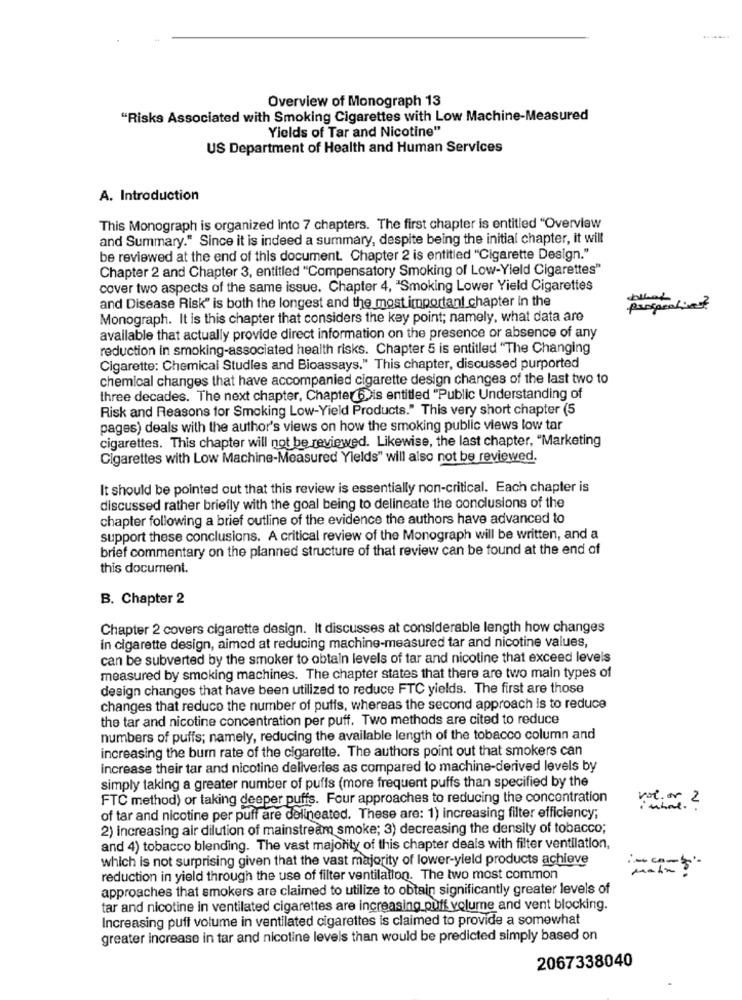
Overview of Monograph 13
"Risks Associated with Smoking Cigarettes with Low Machine-Measured
Yields of Tar and Nicotine"
US Department of Health and Human Services
A. Introduction
This Monograph is organized Into 7 chapters. The first chapter is entitled "Overview
and Summary." Since it is indeed a summary, despite being the initial chapter, it will
be reviewed at the end of this document. Chapter 2 is entitled "Cigarette Design."
Chapter 2 and Chapter 3, entitled "Compensatory Smoking of Low-Yield Cigarettes"
cover two aspects of the same issue. Chapter 4, "Smoking Lower Yield Cigarettes
and Disease Risk" is both the longest and the most important chapter in the
prospectives?
Monograph. It is this chapter that considers the key point; namely, what data are
available that actually provide direct information on the presence or absence of any
reduction in smoking-associated health risks. Chapter 5 is entitled "The Changing
Cigarette: Chemical Studies and Bioassays." This chapter, discussed purported
chemical changes that have accompanied cigarette design changes of the last two to
three decades. The next chapter, Chapter6))is entitled "Public Understanding of
Risk and Reasons for Smoking Low-Yield Products." This very short chapter (5
pages) deals with the author's views on how the smoking public views low tar
cigarettes. This chapter will not be reviewed. Likewise, the last chapter, "Marketing
Cigarettes with Low Machine-Measured Yields" will also not be reviewed.
It should be pointed out that this review is essentially non-critical. Each chapter is
discussed rather briefly with the goal being to delineate the conclusions of the
chapter following a brief outline of the evidence the authors have advanced to
support these conclusions. A critical review of the Monograph will be written, and a
brief commentary on the planned structure of that review can be found at the end of
this document.
B. Chapter 2
Chapter 2 covers cigarette design. It discusses at considerable length how changes
in cigarette design, aimed at reducing machine-measured tar and nicotine values,
can be subverted by the smoker to obtain levels of tar and nicotine that exceed levels
measured by smoking machines. The chapter states that there are two main types of
design changes that have been utilized to reduce FTC yields. The first are those
changes that reduce the number of puffs, whereas the second approach is to reduce
the tar and nicotine concentration per puff. Two methods are cited to reduce
numbers of puffs; namely, reducing the available length of the tobacco column and
increasing the burn rate of the cigarette. The authors point out that smokers can
increase their tar and nicotine deliveries as compared to machine-derived levels by
simply taking a greater number of puffs (more frequent puffs than specified by the
FTC method) or taking deeper puffs. Four approaches to reducing the concentration
voto 2
N.
of tar and nicotine per puff are delineated. These are: 1) increasing filter efficiency;
2) increasing air dilution of mainstream smoke; 3) decreasing the density of tobacco;
and 4) tobacco blending. The vast majority of this chapter deals with filter ventilation,
which is not surprising given that the vast majority of lower-yield products achieve
=====
reduction in yield through the use of filter ventilation. The two most common
approaches that smokers are claimed to utilize to obtain significantly greater levels of
tar and nicotine in ventilated cigarettes are increasing puff volume and vent blocking.
Increasing puff volume in ventilated cigarettes is claimed to provide a somewhat
greater increase in tar and nicotine levels than would be predicted simply based on
2067338040